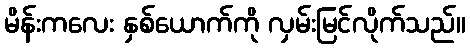
မိန်းကလေး နှစ်ယောက်ကို လှမ်းမြင်လိုက်သည်။